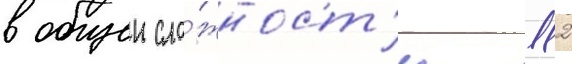
в общеи сло́жност'и 112